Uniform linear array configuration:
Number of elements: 8
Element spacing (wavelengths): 0.5
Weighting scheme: blackman
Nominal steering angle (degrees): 30
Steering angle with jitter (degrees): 28.511
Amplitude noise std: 0.05
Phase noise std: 0.05

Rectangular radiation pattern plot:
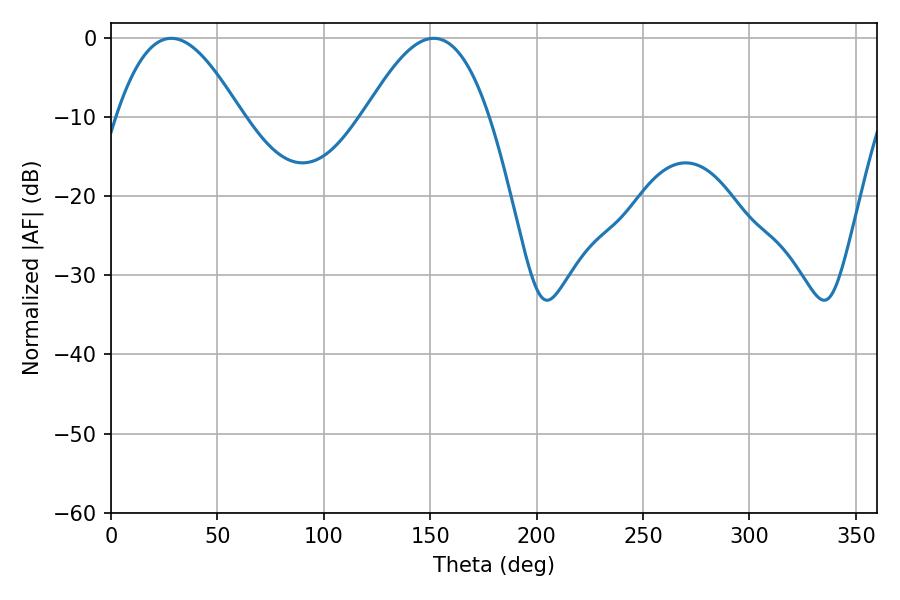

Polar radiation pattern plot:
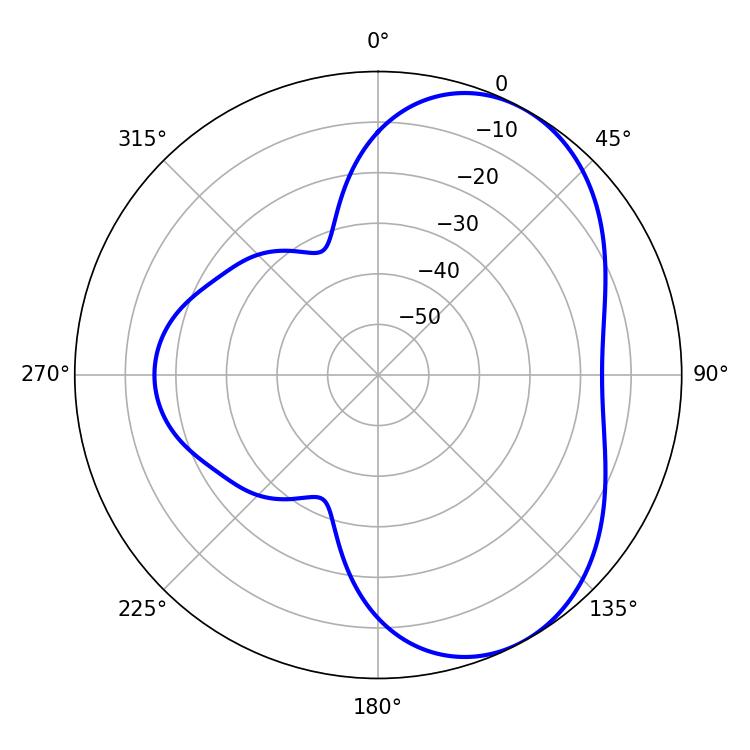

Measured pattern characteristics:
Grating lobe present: FALSE
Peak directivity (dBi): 5.21
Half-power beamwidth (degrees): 31.86
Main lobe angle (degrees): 28.26